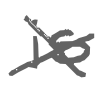
Text: is
Cross-out: cross
Writing tool: digital_gray